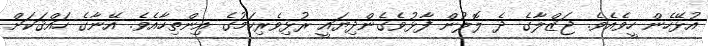
އުޅޭހެން ހީވެއެވެ. ޖަޒްލާގެ ދެ ލޮލުން ފާޅުވެގެންދިޔައީ ރުޅިވެރިކަމުގެ އިންތިހާއެވެ. އޭނާގެ ހައްޤަކަށް